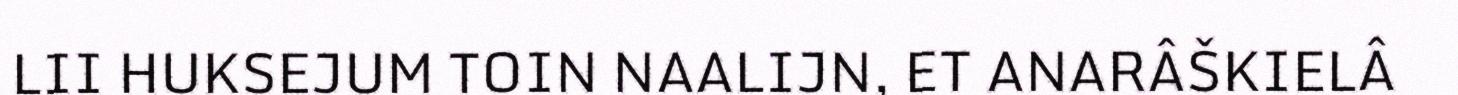
LII HUKSEJUM TOIN NAALIJN, ET ANARÂŠKIELÂ